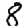
Digit: 8